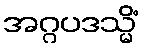
အဂ္ဂပဒသ္မိံ